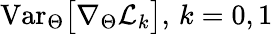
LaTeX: \mathrm{Var}_{\Theta}\big[\nabla_{\Theta}\mathcal{L}_{k}\big],\, k=0,1